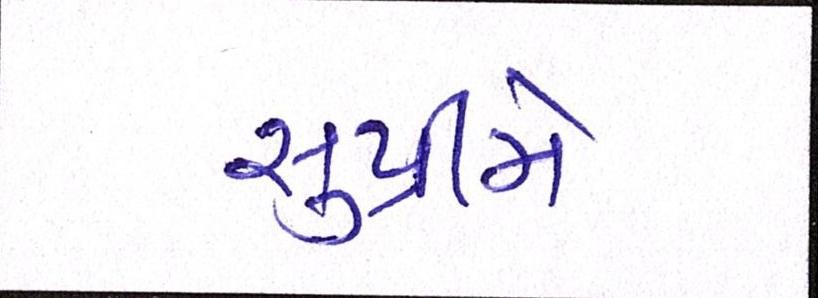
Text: સુપ્રીમે